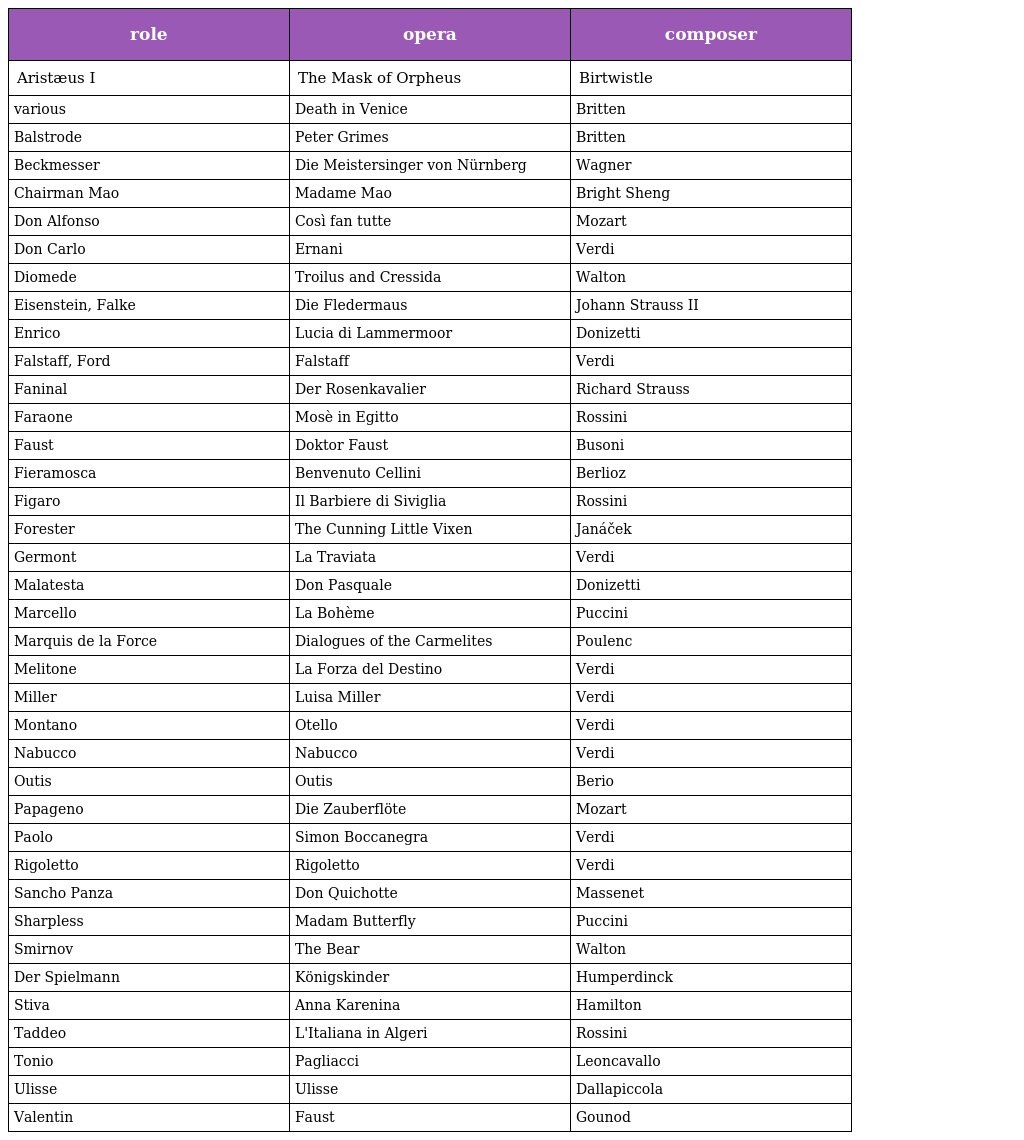
| role | opera | composer |
 | --- | --- | --- |
 | Aristæus I | The Mask of Orpheus | Birtwistle |
 | various | Death in Venice | Britten |
 | Balstrode | Peter Grimes | Britten |
 | Beckmesser | Die Meistersinger von Nürnberg | Wagner |
 | Chairman Mao | Madame Mao | Bright Sheng |
 | Don Alfonso | Così fan tutte | Mozart |
 | Don Carlo | Ernani | Verdi |
 | Diomede | Troilus and Cressida | Walton |
 | Eisenstein, Falke | Die Fledermaus | Johann Strauss II |
 | Enrico | Lucia di Lammermoor | Donizetti |
 | Falstaff, Ford | Falstaff | Verdi |
 | Faninal | Der Rosenkavalier | Richard Strauss |
 | Faraone | Mosè in Egitto | Rossini |
 | Faust | Doktor Faust | Busoni |
 | Fieramosca | Benvenuto Cellini | Berlioz |
 | Figaro | Il Barbiere di Siviglia | Rossini |
 | Forester | The Cunning Little Vixen | Janáček |
 | Germont | La Traviata | Verdi |
 | Malatesta | Don Pasquale | Donizetti |
 | Marcello | La Bohème | Puccini |
 | Marquis de la Force | Dialogues of the Carmelites | Poulenc |
 | Melitone | La Forza del Destino | Verdi |
 | Miller | Luisa Miller | Verdi |
 | Montano | Otello | Verdi |
 | Nabucco | Nabucco | Verdi |
 | Outis | Outis | Berio |
 | Papageno | Die Zauberflöte | Mozart |
 | Paolo | Simon Boccanegra | Verdi |
 | Rigoletto | Rigoletto | Verdi |
 | Sancho Panza | Don Quichotte | Massenet |
 | Sharpless | Madam Butterfly | Puccini |
 | Smirnov | The Bear | Walton |
 | Der Spielmann | Königskinder | Humperdinck |
 | Stiva | Anna Karenina | Hamilton |
 | Taddeo | L'Italiana in Algeri | Rossini |
 | Tonio | Pagliacci | Leoncavallo |
 | Ulisse | Ulisse | Dallapiccola |
 | Valentin | Faust | Gounod |